Report on malaria in the Punjab during the year ...  together with an account of the work of the Punjab Malaria Bureau - Volume 4
Disease focus: Malaria
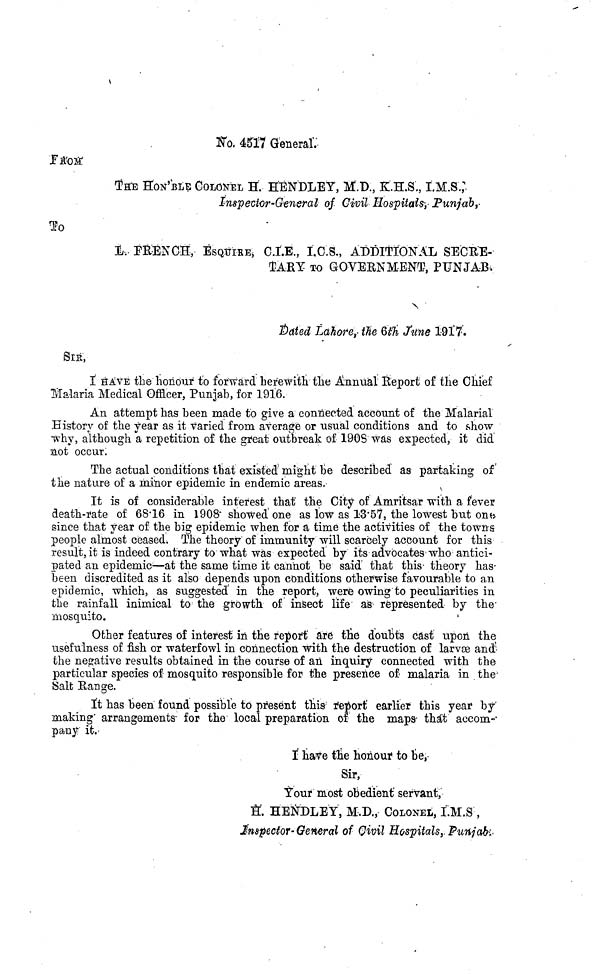
NO. 4517 General.
THE HON'BLE COLONEL H. HENDLEY, M.D., K.H.S., I.M.S.,
Inspector-Gener'al of Civil Hospitals-, Punjab,-
To
L. FRENCH, ESQUIRE, C.I.E., I.C.S., ADDITIONAL SECRE-
TARY TO GOVERNMENT, PUNJAB.
Dated Lahore, the 6th June 1917.
SIR,
I HAVE the honour to forward herewith the Annual Report of the Chief
Halaría Medical Officer, Punjab, for 1916.
An attempt has been made to give a connected account of the Malarial
History of the year as it varied from average or usual conditions and to show
why, although a repetition of the great outbreak of 1908 was expected, it did
not occur.
The actual conditions that existed might be described as partaking of
the nature of a minor epidemic in endemic areas.
It is of considerable interest that the City of Amritsar with a fever
death-rate of 68.16 in 1908 showed one as low as 13.57, the lowest but one.
since that year of the big epidemic when for a time the activities of the towns
people almost ceased. The theory of immunity will scarcely account for this
result, it is indeed contrary to what was expected by its advocates who antici-
pated an epidemic—at the same time it cannot be said' that this- theory has-
been discredited as it also depends upon conditions otherwise favourable to an
epidemic, which, as suggested in the report, were owing to peculiarities in
the rainfall inimical to the growth of insect life as represented by the
mosquito.
Other features of interest in the report are the doubts cast upon the
usefulness of fish or waterfowl in connection with the destruction of larvae and
the negative results obtained in the course of an inquiry connected with the
particular species of mosquito responsible for the presence of malaria in the
Salt Range.
It has been found possible to present this report earlier this year by
making arrangements for the local preparation of the maps that accom-
pany it.
I have the honour to be,
Sir,
Your most obedient servant,
H. HENDLEY, M.D., COLONEL, I.M.S ,
Inspector-General of Civil Hospitals,, Punjab.